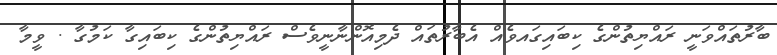
ބާރުތައްވަނީ ރައްޔިތުންގެ ކިބައިގައވެއް އެބާރުތައް ދެމިއޮންނާނީވެސް ރައްޔިތުންގެ ކިބައިގާ ކަމުގާ . ވީމާ